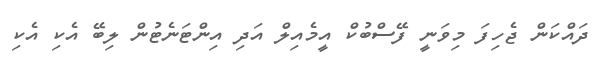
ދައްކަން ޖެހިފަ މިވަނީ ފޭސްބުކް އީމެއިލް އަދި އިންޓަނެޓުން ލިބޭ އެކި އެކި